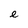
Character: e